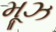
મૂઝ